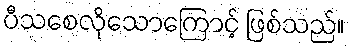
ပီသစေလိုသောကြောင့် ဖြစ်သည်။